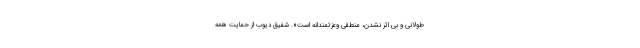
طولانی ‌و بی اثر نشدن، منطقی وعزتمندانه است». شفیق دیوب از حمایت همه